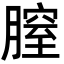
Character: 膣